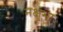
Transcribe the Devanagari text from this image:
नक्षुभा